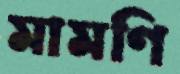
মামণি